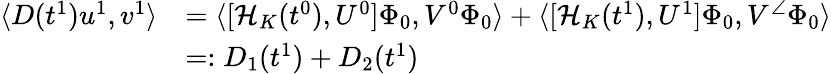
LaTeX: \begin{array}{rl}{\langle D(t^{1})u^{1},v^{1}\rangle}&{=\langle[\mathcal{H}_{K}(t^{0}),U^{0}]\Phi_{0},V^{0}\Phi_{0}\rangle+\langle[\mathcal{H}_{K}(t^{1}),U^{1}]\Phi_{0},V^{\angle}\Phi_{0}\rangle}\\ &{=:D_{1}(t^{1})+D_{2}(t^{1})}\end{array}